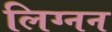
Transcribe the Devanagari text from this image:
लिग्नन